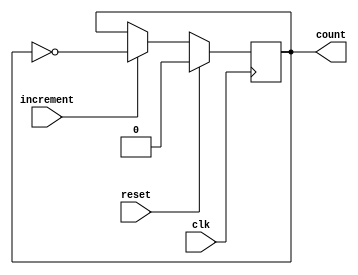
`timescale 1ns / 1ps
//////////////////////////////////////////////////////////////////////////////////
// Company: 
// Engineer: 
// 
// Design Name: 
// Module Name: counter_1_bit
// Project Name: 
// Target Devices: 
// Tool Versions: 
// Description: 
// 
// Dependencies: 
// 
// Revision:
// Revision 0.01 - File Created
// Additional Comments:
// 
//////////////////////////////////////////////////////////////////////////////////


module counter_1bit(
    input clk, reset, increment,
    output count
    );
    
    reg current = 0;
    always@(posedge clk) begin
        if (reset)
            current <= 0;
        else if (increment)
            current <= ~current;
        else
            current <= current;
     end
     assign count = current;    
endmodule